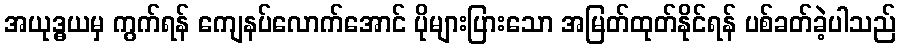
အယုဒ္ဓယမှ ကွက်ရန် ကျေနပ်လောက်အောင် ပိုများပြားသော အမြတ်ထုတ်နိုင်ရန် ပစ်ခတ်ခဲ့ပါသည်